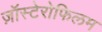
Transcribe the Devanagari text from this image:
ज़ॉस्टेरोफिलम